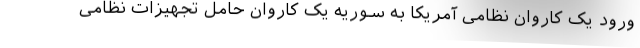
ورود یک کاروان نظامی آمریکا به سوریه یک کاروان حامل تجهیزات نظامی